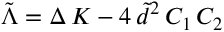
\tilde { \Lambda } = \Delta \, K - 4 \, \tilde { d } ^ { 2 } \, C _ { 1 } \, C _ { 2 }